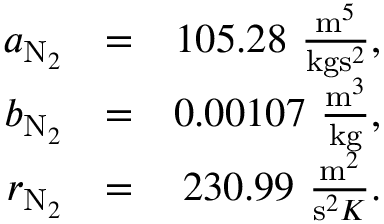
\begin{array} { r l r } { a _ { \mathrm { N } _ { 2 } } } & { = } & { 1 0 5 . 2 8 ~ \frac { \mathrm { m } ^ { 5 } } { \mathrm { k g } \mathrm { s } ^ { 2 } } , } \\ { b _ { \mathrm { N } _ { 2 } } } & { = } & { 0 . 0 0 1 0 7 ~ \frac { \mathrm { m } ^ { 3 } } { \mathrm { k g } } , } \\ { r _ { \mathrm { N } _ { 2 } } } & { = } & { 2 3 0 . 9 9 ~ \frac { \mathrm { m } ^ { 2 } } { \mathrm { s } ^ { 2 } K } . } \end{array}